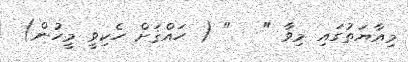
މިއާޔަތުގައި މިވާ "   " ( ޙައްޤަށް ހެކިވީ މީހުން)